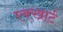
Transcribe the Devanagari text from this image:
एक्खार्ट